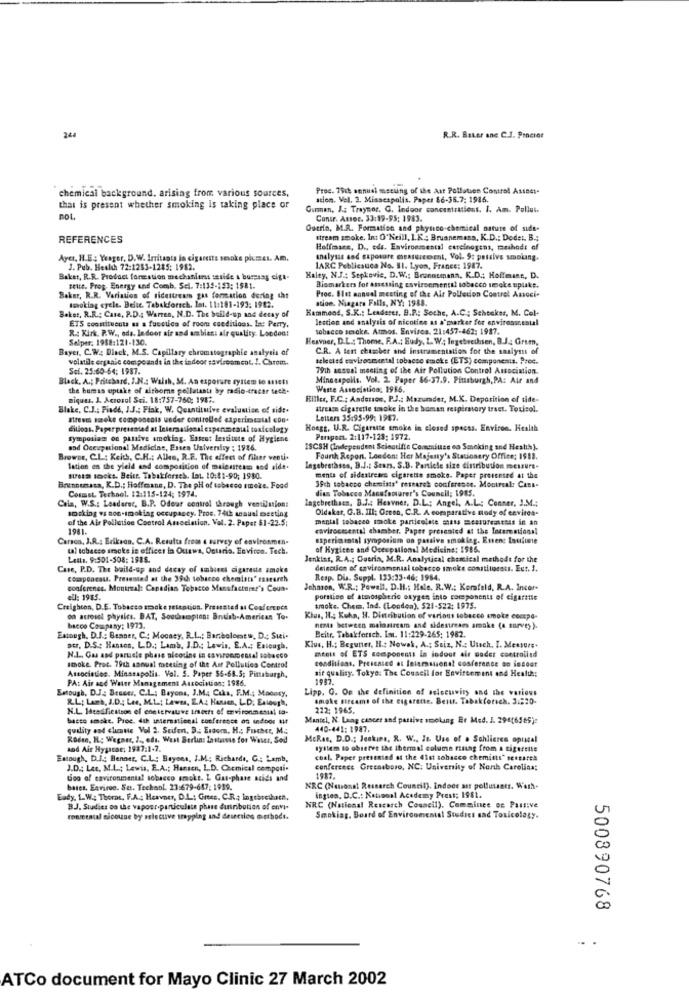
244
R.R. Bater anc C.J. Proctor
Prec. 75ck annual meeting of ibe Ast Pollution Comsol Assest.
chemical background. arising from various sources,
ation. Vel. 2. Missespolis. Paper $6-36.7: 1986.
that is present whether smoking is taking place or
Gurman, J .: Traynor. G. Indoor concentrations. I. Am. Pollut.
pol.
Contr. Assoc. 33:19-95: 1983.
Outrin, M.R. Formation and physico-chemical nature of side-
REFERENCES
stream smoke, Int O"Neill, I.K .: Bruanemana, K.D .: Dodet. B .;
Hoffmane, D ., eds. Environmental carcinogens, methods of
Ayer, H.E : Yeager, D.W. Irritants in cig
etits sevoke piumes. Am.
analysis and exposure measurement, Vol. 9: petsivs smoking.
J. Pub. Health 72:1283-1285: 1982.
1ARC Publicsuca No. 31. Lyon, France: 1987.
Baker, R.R. Product formation mechanisms seside & burzsag cigt-
Haley, N.J .: Sepkovie, D.W .: Brunnumana, K.D. Hoffmane, D.
zette. Prop- Energy und Comb. Sci. 7:131-153: 1581.
Biomarkers for assessing esvirsemental tobacco smoke uptake.
Baker, R.R. Variation of sidestream gas formation during cht
smoking cycle. Belte. Tabakforsch, Ist. 11:181-193: 1982.
ation. Niagara Falls, NY: 1988.
Proc. Slet annual meeting of the Air Pollution Control Associ-
Beker, R.R .: Case, P.D .: Warren, N.D. The build-up and detay of
Hammond, S.K .: Leaderer, B.P .: Soche, A.C .; Schenker, M. Cel-
ETS constituents as a fuccilos of room cueditions. lee Perry,
lection and analysis of nicotine at a'marker for environscestal
R .: Kirk. P.W ., oda. Indoor air and ambient air quality. Loodont
tobacco sencke, Atmos. Enviros. 21:457-462: 1987.
Selper: 1988:121-130.
Heavner, D.L .: Thome, F.A .: Eudy, L. W .; Ingebretksen, B.J .: Grum,
Bayer, C.W. Black, M.S. Capillary chromatographie analysis of
C.R. A test chuscher and instrumentation for the saalysis of
volatile organic compounds in the indeor savisenment. !. Chrom.
selected environmental tobacco smoke (ETS) components. Prec.
Sei. 25:60-64; 1987.
79th assual meeting of the Air Pollution Control Association.
Black. A .; Pritchard. I.N .: Walth, M. An exporare system to Miefi
Minesapolls. Vol. 2. Paper 86-37.9. Pittsburgh, PA: Air and
the bumas opuske of airsome pellatasti by radio-tracer tech-
Warte Associstica, 1986.
Biques. 1. Actosol Sei. 18:757-760; 1987.
Hiller, F.C .: Anderson, P.J .: Mazumdet, M.K. Deposition of tide-
Blake, C.J .: Fiade, J.J .: Fisk, W. Quantituive evaluation of sidt.
stream cigarette smoke in the boman respiratory tract. Touisol.
Ireen smoke components under controlled experimcatal con.
Letters 35:95-99: 1987.
ditloos. Paperpresented at International espenmcail toxicology
Hoegt, U.R. Cigarette smoke in closed specss. Environ. Health
Tymposiam on passive smoking. Essent lentitete of Hygiene
Perspect. 2:117-123: 1972.
and Occupational Medicine, Essen taiversly : 1946.
ISCSH (Independent Scientific Comeniuse oo Smoking and Health).
Browse, C.L. : Keith, C.H .: Alles, R.F. The effect of fikser venti.
Fourth Repon, London: Her Majesty's Stationery Office: 1$13.
lation en the yield and composition of malestress and aidt.
Ingebrethses, B.J .: Stars. S.B. Particle size distribution measure-
steam seckt. Beitt. Tabakforses. Lat. 10:81-90; 1950.
menta of sidestress cigarette smoke. Paper presented at the
Brennenssa, K.D .; Hoffmane, D. The pH of tobacco smoke. Food
dias Tobacco Manufacturer's Council; 1985.
39ch tobacco chemists' research conference. Montreal: Casa-
Chin, W.S .: Leaderer, B.P. Odour control through ventilation:
Cosmet Techool. 12:115-124; 1974.
lagebrethses. B.J. Heavner, D.L .: Angel, A.L .: Conner, 3.54 .;
smoking vs non-smoking occupancy. Proc. 74th annual meeting
Oldakar, Q.B. III: Oreon, C.R. A comparative mody of envitca-
of the Air Pollution Control Association. Vol. 2. Papst $1-22.5;
mental tobacco smoke particulate mass mesurenttels in an
1981.
envirocasental chamber. Paper presented at the Interesticon!
Carson, J.R .: Erikson, C.A. Results from a survey of environmen-
experimtotal symposium on passive smoking. Event Laulume
tal tobacco smoke is offices in Ourwa, Ontario. Environ. Tech.
of Hygiene and Occupational Medicins: 1986.
Letts. 9:501-508: 1988.
Jenkins, R.A .; Duerin, M.R. Analytical chemical methode for the
Case, P.D. The baild-up and decay of ambient cigaraste smoke
detection of environmental tobacco smoke constituents. Eut. 1.
Couponcats, Presented at the 39th tobacco chemists" esstarch
Resp. Dia. Suppl. 133:33-46; 1984.
conferenes. Montreal: Capadias Tobacco Manufacturer's Coun.
Johnson, W.R .: Powell, D.H .: Hole. R.W .: Korafeld, R.A. Incor-
ell: 1985.
porsine of atmospheric oxygen into components of cigaritis
Creighton, D.E. Tobacco smak e seteption. Presssted at Conference
smoke. Chem, Ind. (London). 521-522: 1975.
on atrosel physics. BAT, Souchampions Bndsb-American To.
Klas, H .; Koha, H. Distribution of various tobacco smoke compa-
bacco Company: 1973.
nems between mainstream and sidestream smoke (a survey).
Beitr. Tabakforich. Lot. 11:229-265: 1982.
Extough, D.J .: Banner, C .: Mocasy, R.L .; Bartholomew, D .; Sui.
otr, D.S .: Hanson, L.D .; Lamb, J.D .; Lewis, E.A .: Extough,
Klus, H .: Begutter, H .: Nowak, A .; Suiz, N .: Utsch. I. Menture.
ments of ETS components in indoor air poder controlind
N.A ., Gas and particle phase nicotine in cavironmensal tobacco
conditions, Presented at International conference on intoat
smoke, Proc. 79th sanual meeting of the Air Pollution Control
Association. Minatapolis. Vol. S. Paper $5-68.5; Pittsburgh,
air quality. Tokyo: The Council for Environment and Health:
PA: Air and Water Management Association: 1986.
1987.
Emtough, DJ: Besser, C.L .: Bayona, J.M .; Ciks, F.M .; Modory,
Lipp. G. On the definition of aslocuviry and the various
R.L; Lamb, J.D .: Lee, M.L .; Lawes, E.A. Hansen, L.D. Eslough,
smoke streams of the cigarette. Beitr. Tabakforsch. 3:220.
N.L. leadfiestson of conservative trots of environmental to-
222; 1965.
bacto smoke. Proc. duh international conference on indoor tif
Mantel, N. Lung cancer and passive smoking Er Med. 1. 294(6545):
quality and clientte Vol 2. Seifen, B .: Erdom, H .: Fischer, M.
440-441: 1987.
Roden, IL .; Wegner, 2 ., eds, West Berlin: Lastanse for Waser, Sodl
McRas, D.D .; Jenkins, R. W ., It. Use of . Schlieren optical
and Air Hygiene; 1987:1-7.
system to observe the thermal column rang from a tigerette
Entough, D.I .: Benner, C.L .: Bayons, I.M .; Richards, Ga Lamb,
coal. Paper presented at the 41st tobacco chemists' research
J.D .: Lee, M.L .; Lewis, E.A .; Hansen, L.D. Chemical compati-
conference Greensboro, NC: University of North Carolina:
Loo of environmental sobacco smoke. L Gas-phase stids and
1987
bates, Eaviroc. Se. Techaol. 23:679-647: 1939.
NRC (National Research Council). Indoce air pollutants. Warh.
Sady. 1.W .; Thorac, F.A .; Heavner, DIL; Grees. C.R .; Ingthrcheth,
ington, D.C .: National Academy Prest; 1981.
B.J. Suadies oo the vapour.particulate phase distribution of envi-
NRC (National Research Council). Commince of Passive
roueental cicouse by selectve stopping and desetiles orthodt.
Smoking. Board of Environmental Studiet sad Toxicology.
500890768
. .
ATCo document for Mayo Clinic 27 March 2002